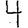
Digit: 4